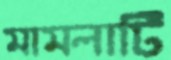
মামলাটি